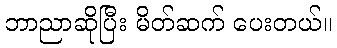
ဘာညာဆိုပြီး မိတ်ဆက် ပေးတယ်။